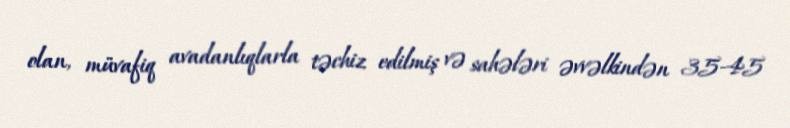
olan, müvafiq avadanlıqlarla təchiz edilmiş və sahələri əvvəlkindən 35-45